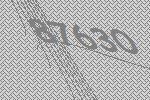
87630